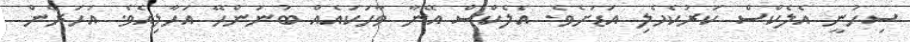
ސިހުނީ އެލެކްސް ކަރުކެހެލި އަޑަށެވެ. އެލެކްސް އޭނާ ވާހަކައެއް ބުނަންހޭ އަހާލިއެވެ. އަހަރެން